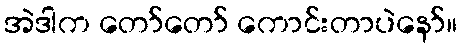
အဲဒါက တော်တော် ကောင်းတာပဲနော်။